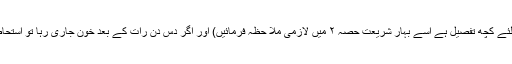
( یہاں شوہر والیوں کیلئے کچھ تفصیل ہے اسے بہارِ شریعت حصہ ۲ میں لازِمی ملا حظہ فرمائیں) اور اگر دس دن رات کے بعد خون جاری رہا تو اِستحاضہ یعنی بیماری ہے۔